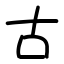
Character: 古